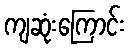
ကျဆုံးကြောင်း